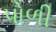
પોળી